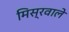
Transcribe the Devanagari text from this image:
मिस्रवाले